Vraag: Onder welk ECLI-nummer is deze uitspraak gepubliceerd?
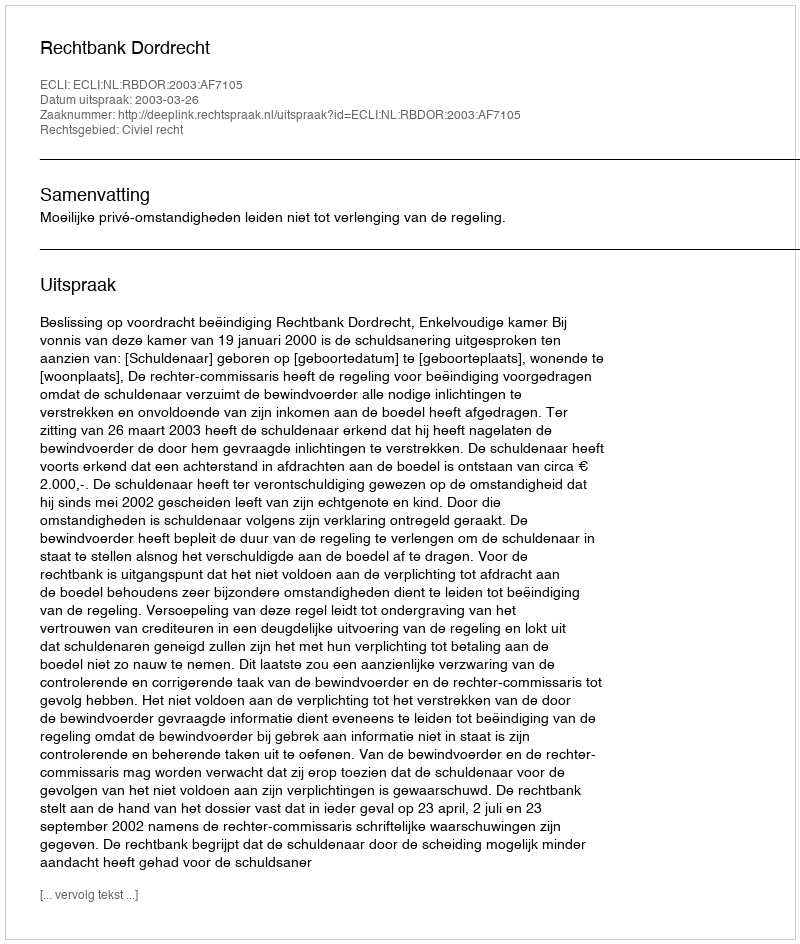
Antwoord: ECLI:NL:RBDOR:2003:AF7105